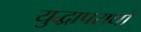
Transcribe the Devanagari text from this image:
युद्धापराधों